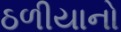
ઠળીયાનો